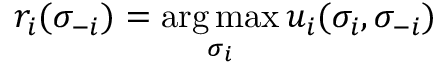
r _ { i } ( \sigma _ { - i } ) = \mathop { \underset { \sigma _ { i } } { \operatorname { a r g \, m a x } } } u _ { i } ( \sigma _ { i } , \sigma _ { - i } )